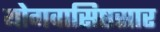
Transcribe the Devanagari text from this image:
योगवासिष्ठसार